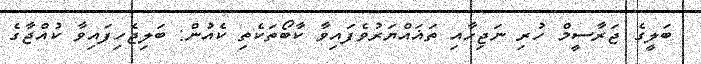
ބަލީގެ ޖަރާސީމް ހުރި ނަޖިހާއި ތަޣައްޔަރުވެފައިވާ ކާބޯތަކެތި ކެއުން: ބަލިޖެހިފައިވާ ކުއްޖާގެ